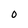
Character: O